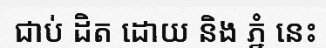
ជាប់ ដិត ដោយ និង ភ្នំ នេះ